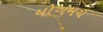
યોગમય